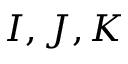
I , J , K